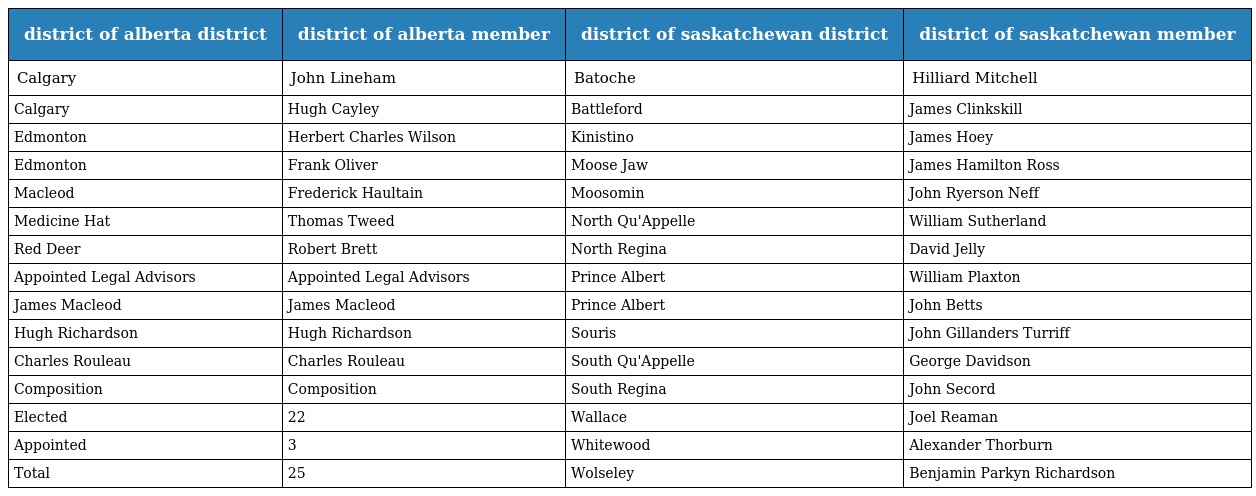
| district of alberta district | district of alberta member | district of saskatchewan district | district of saskatchewan member |
 | --- | --- | --- | --- |
 | Calgary | John Lineham | Batoche | Hilliard Mitchell |
 | Calgary | Hugh Cayley | Battleford | James Clinkskill |
 | Edmonton | Herbert Charles Wilson | Kinistino | James Hoey |
 | Edmonton | Frank Oliver | Moose Jaw | James Hamilton Ross |
 | Macleod | Frederick Haultain | Moosomin | John Ryerson Neff |
 | Medicine Hat | Thomas Tweed | North Qu'Appelle | William Sutherland |
 | Red Deer | Robert Brett | North Regina | David Jelly |
 | Appointed Legal Advisors | Appointed Legal Advisors | Prince Albert | William Plaxton |
 | James Macleod | James Macleod | Prince Albert | John Betts |
 | Hugh Richardson | Hugh Richardson | Souris | John Gillanders Turriff |
 | Charles Rouleau | Charles Rouleau | South Qu'Appelle | George Davidson |
 | Composition | Composition | South Regina | John Secord |
 | Elected | 22 | Wallace | Joel Reaman |
 | Appointed | 3 | Whitewood | Alexander Thorburn |
 | Total | 25 | Wolseley | Benjamin Parkyn Richardson |